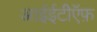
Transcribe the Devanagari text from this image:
आईईटीऍफ़